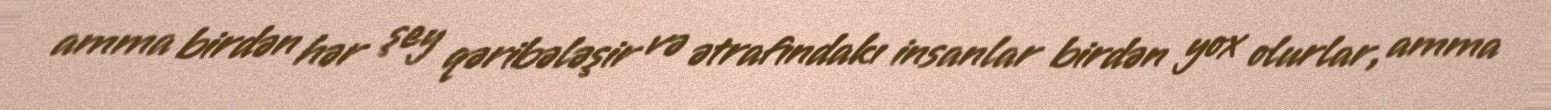
amma birdən hər şey qəribələşir və ətrafındakı insanlar birdən yox olurlar, amma